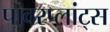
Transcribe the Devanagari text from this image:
पावरप्लांट्स